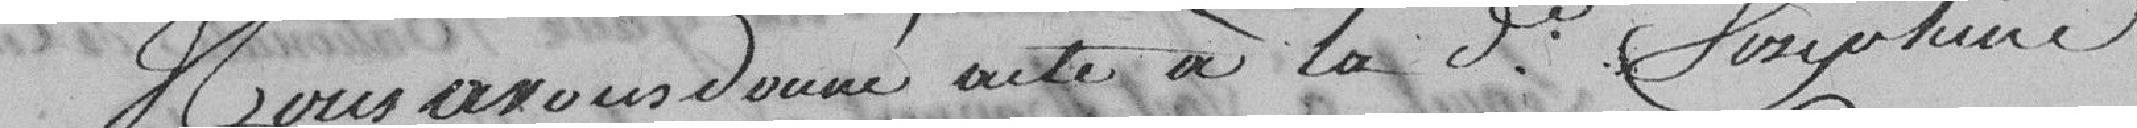
nous avons donné acte à Madame Joséphine